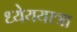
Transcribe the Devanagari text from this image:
ध्येययात्रा